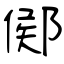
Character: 鄇